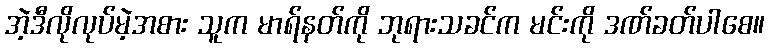
အဲ့ဒီလိုလုပ်မဲ့အစား သူက မာရ်နတ်ကို ဘုရားသခင်က မင်းကို ဒဏ်ခတ်ပါစေ။